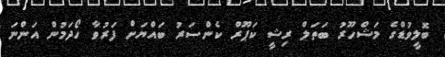
ބޮލީވުޑްގެ މަޝްހޫރު ބަތަލް ރިޝީ ކަޕޫރް ކެންސަރު ބައްޔަށް ފަރުވާ ހޯދަމުން އަންނަ